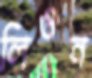
লিওন